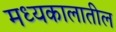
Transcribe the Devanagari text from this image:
मध्यकालातील